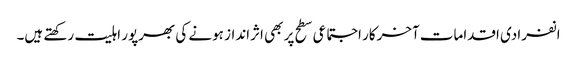
انفرادی اقدامات آخرکار اجتماعی سطح پر بھی اثرانداز ہونے کی بھرپور اہلیت رکھتے ہیں۔